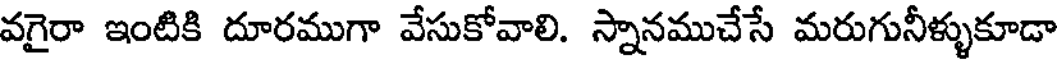
వగైరా ఇంటికి దూరముగా వేసుకోవాలి. స్నానముచేసే మరుగునీళ్ళుకూడా